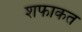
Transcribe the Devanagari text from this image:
शफाकत